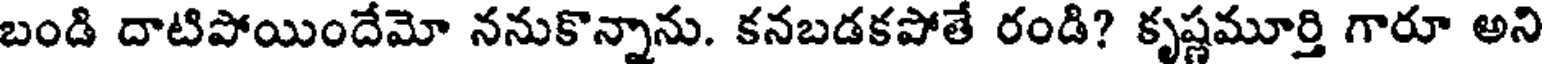
బండి దాటిపోయిందేమో ననుకొన్నాను. కనబడకపోతే రండి? కృష్ణమూర్తి గారూ అని